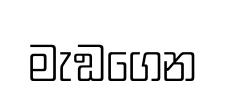
මැඞගෙන